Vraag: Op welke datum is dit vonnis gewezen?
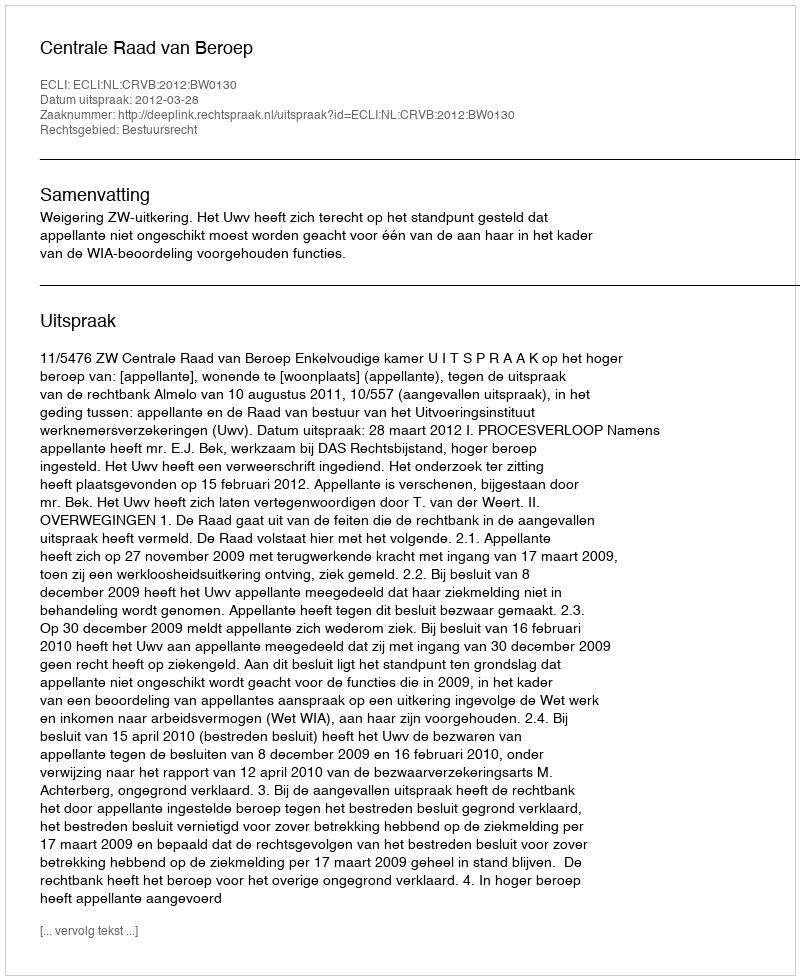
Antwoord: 2012-03-28